Annual report of the Camel Specialist
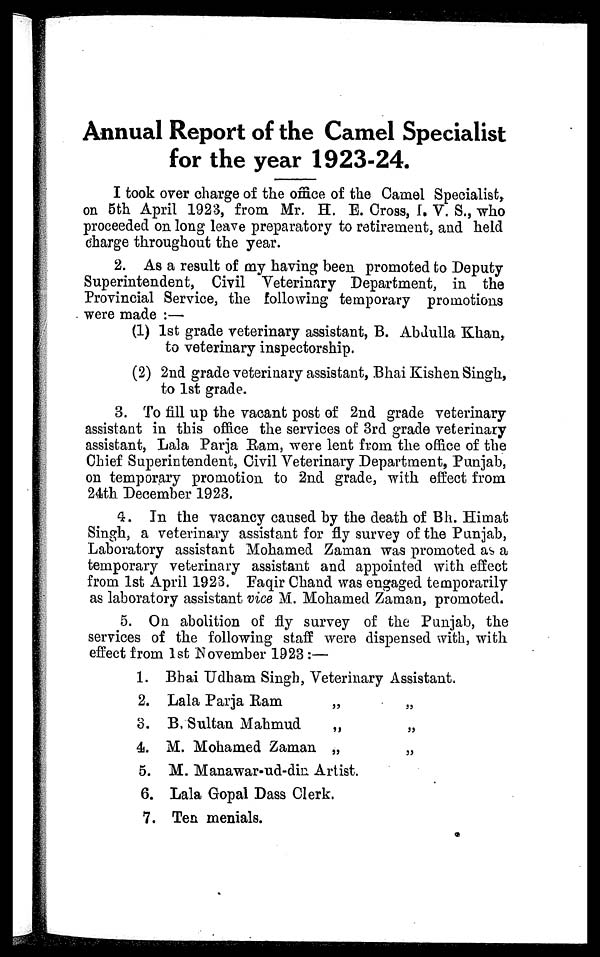
Annual Report of the Camel Specialist
for the year 1923-24.
I took over charge of the office of the Camel Specialist,
on 5th April 1923, from Mr. H. E. Cross, I. V. S., who
proceeded on long leave preparatory to retirement, and held
charge throughout the year.
2. As a result of my having been promoted to Deputy
Superintendent, Civil Veterinary Department, in the
Provincial Service, the following temporary promotions
were made :—
(1) 1st grade veterinary assistant, B. Abdulla Khan,
to veterinary inspectorship.
(2) 2nd grade veterinary assistant, Bhai Kishen Singh,
to 1st grade.
3. To fill up the vacant post of 2nd grade veterinary
assistant in this office the services of 3rd grade veterinary
assistant, Lala Parja Ram, were lent from the office of the
Chief Superintendent, Civil Veterinary Department, Punjab,
on temporary promotion to 2nd grade, with effect from
24th December 1923.
4. In the vacancy caused by the death of Bh. Himat
Singh, a veterinary assistant for fly survey of the Punjab,
Laboratory assistant Mohamed Zaman was promoted as a
temporary veterinary assistant and appointed with effect
from 1st April 1923. Faqir Chand was engaged temporarily
as laboratory assistant vice M. Mohamed Zaman, promoted.
5. On abolition of fly survey of the Punjab, the
services of the following staff were dispensed with, with,
effect from 1st November 1923:—
1. Bhai Udham Singh, Veterinary Assistant.
2. Lala Parja
Ram
„
„
3. B. Sultan Mahmud
„
„
4. M. Mohamed Zaman „
„
5. M. Manawar-ud-din Artist.
6. Lala Gopal Dass Clerk.
7. Ten menials.